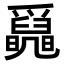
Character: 𤕄